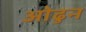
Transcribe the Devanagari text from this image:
ओढुन